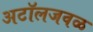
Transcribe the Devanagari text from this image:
अटॉलजवळ